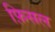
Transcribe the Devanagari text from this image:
फ़िसल